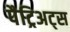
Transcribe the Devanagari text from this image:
पैट्रिअट्स